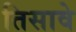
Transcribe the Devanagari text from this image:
तिसावे